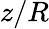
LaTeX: z/R